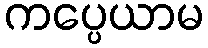
ကပ္ပေယာမ